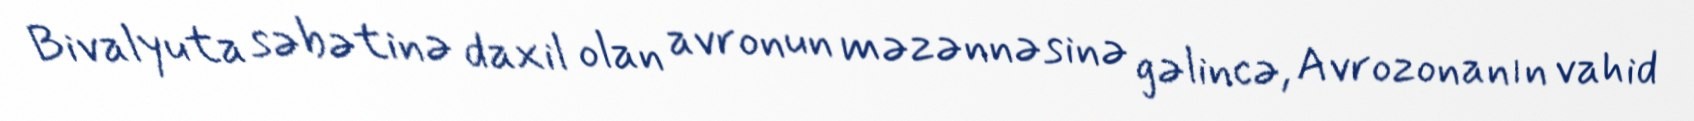
Bivalyuta səbətinə daxil olan avronun məzənnəsinə gəlincə, Avrozonanın vahid